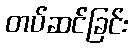
တပ်ဆင်ခြင်း